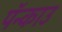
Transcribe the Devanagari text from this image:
पॅन्काउ